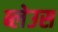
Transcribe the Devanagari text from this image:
ब्लेउस